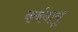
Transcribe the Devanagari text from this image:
कर्बवायू